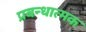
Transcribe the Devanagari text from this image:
प्रबन्धात्मक